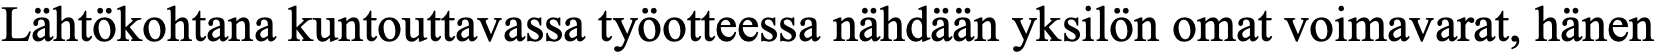
Lähtökohtana kuntouttavassa työotteessa nähdään yksilön omat voimavarat, hänen